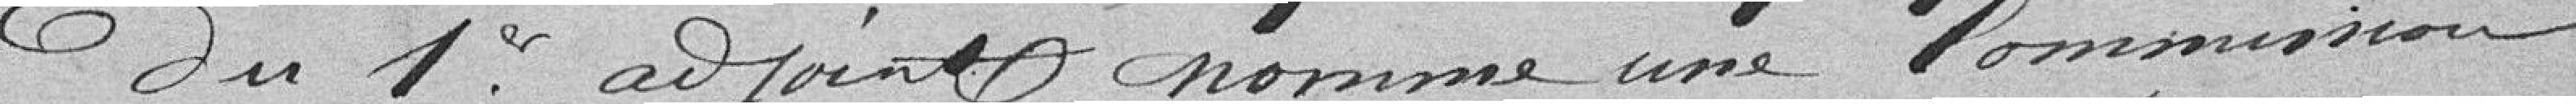
du 1er adjoint nomme une commission